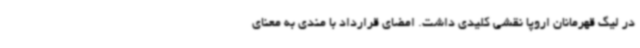
در لیگ قهرمانان اروپا نقشی کلیدی داشت. امضای قرارداد با مندی به معنای